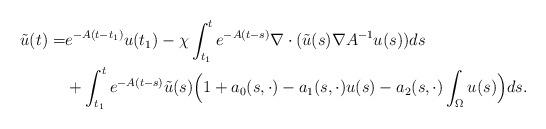
LaTeX: \begin{align*}\tilde{u}(t)=&e^{-A(t-t_1)}u(t_1) -\chi\int_{t_1}^t e^{-A(t-s)}\nabla\cdot ( \tilde{u}(s) \nabla A^{-1}u(s))ds\\&+\int_{t_1}^t e^{-A(t-s)}\tilde{u}(s)\Big(1+ a_0(s,\cdot)-a_1(s,\cdot)u(s)-a_2(s,\cdot)\int_{\Omega}u(s)\Big)ds.\end{align*}